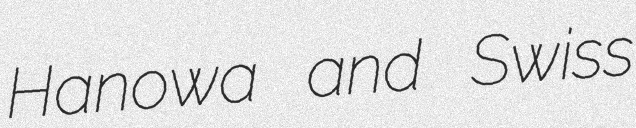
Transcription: Hanowa and Swiss